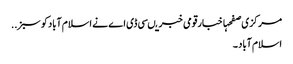
مرکزی صفحہاخبارقومی خبریںسی ڈی اے نے ا سلام آبادکو سبز ..
اسلام آباد ۔